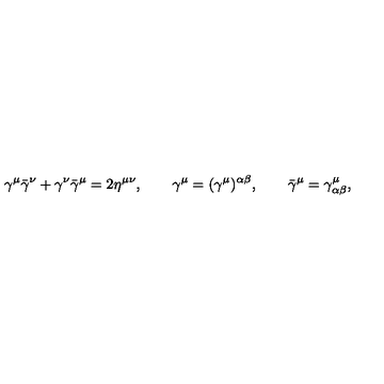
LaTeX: \gamma ^ { \mu } \bar { \gamma } ^ { \nu } + \gamma ^ { \nu } \bar { \gamma } ^ { \mu } = 2 \eta ^ { \mu \nu } , \qquad \gamma ^ { \mu } = ( \gamma ^ { \mu } ) ^ { \alpha \beta } , \qquad \bar { \gamma } ^ { \mu } = \gamma _ { \alpha \beta } ^ { \mu } ,